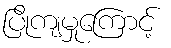
ပြိုကျမှုကြောင့်